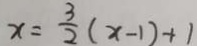
x = \frac { 3 } { 2 } ( x - 1 ) + 1